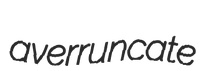
averruncate